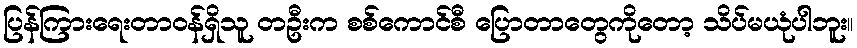
ပြန်ကြားရေးတာဝန်ရှိသူ တဦးက စစ်ကောင်စီ ပြောတာတွေကိုတော့ သိပ်မယုံပါဘူး။